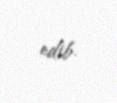
edib.